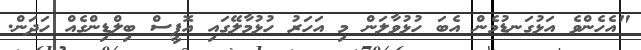
"އެހެންވެ އަޅުގަނޑުމެން އެބަ ހުޅުވާލަން މި އަހަރު ހުޅުމާލޭގައި އޮފީސް ބިލްޑިންގެއް ހަދަން.